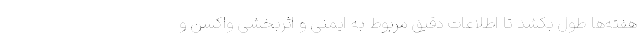
هفته‌ها طول بکشد تا اطلاعات دقیق مربوط به ایمنی و اثربخشی واکسن و